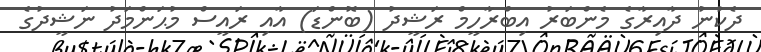
ދެކުނު ދާއިރާގެ މެންބަރު އިބްރާހީމް ރަޝީދު (ބޮންޑަ) އާއި ރައީސް މުޙަންމަދު ނަޝީދުގެ